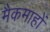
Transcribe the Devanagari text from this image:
मैकमाहों